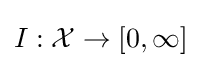
I:{\mathcal {X}}\to [0,\infty ]